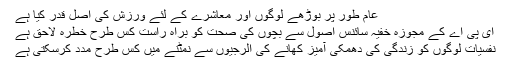
عام طور پر بوڑھے لوگوں اور معاشرے کے لئے ورزش کی اصل قدر کیا ہے
ای پی اے کے مجوزہ خفیہ سائنس اصول سے بچوں کی صحت کو براہ راست کس طرح خطرہ لاحق ہے
نفسیات لوگوں کو زندگی کی دھمکی آمیز کھانے کی الرجیوں سے نمٹنے میں کس طرح مدد کرسکتی ہے